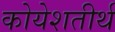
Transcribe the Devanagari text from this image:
कोयेशतीर्थ